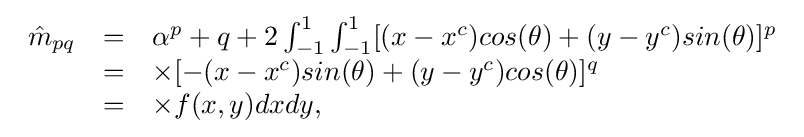
{\begin{array}{lll}{\hat {m}}_{pq}&=&\alpha ^{p}+q+2\int _{-1}^{1}\int _{-1}^{1}[(x-x^{c})cos(\theta )+(y-y^{c})sin(\theta )]^{p}\\&=&\times [-(x-x^{c})sin(\theta )+(y-y^{c})cos(\theta )]^{q}\\&=&\times f(x,y)dxdy,\\\end{array}}